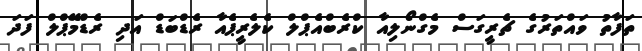
ތަފާތު ވައްތަރުގެ ޗެރީގަސް މެގްނޯލިއާ ކްރެބްއެޕްލް ކެލެރީޕެއާ ރެޑްބަޑް އަދި ރެޑްމޭޕްލް ފަދަ